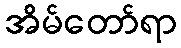
အိမ်တော်ရာ